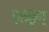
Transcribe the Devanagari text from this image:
ज़क्कून्